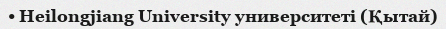
• Heilongjiang University университеті (Қытай)